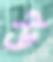
উ